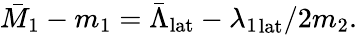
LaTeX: \bar{M}_{1}-m_{1}=\bar{\Lambda}_{\mathrm{lat}}-{\lambda_{1}}_{\mathrm{lat}}/2m_{2}.